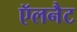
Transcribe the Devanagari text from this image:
ऍलनैट